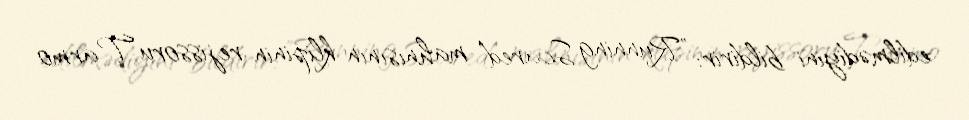
edilmədiyini bildirir: "Running Scared" mahnısının klipinin rejissoru Tarmo